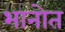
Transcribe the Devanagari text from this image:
भानोत